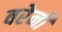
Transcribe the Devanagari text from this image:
बरेनी